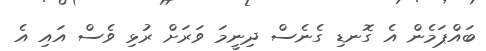
ބައްޕަމެން އެ ގޮނޑި ގެނެސް ދިނީމަ ވަރަށް ރުޅި ވެސް އައި އެ